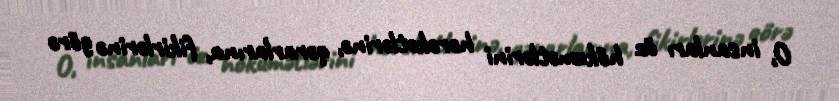
O, insanları öz hökumətlərini hərəkətlərinə, qərarlarına, fikirlərinə görə